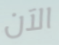
الآن